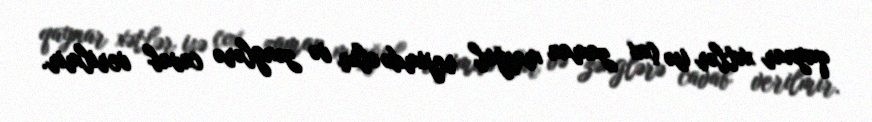
qaynar xətlər isə çox zaman məşğul rejimdə olur və zənglərə cavab verilmir.